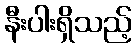
နီးပါးရှိသည့်